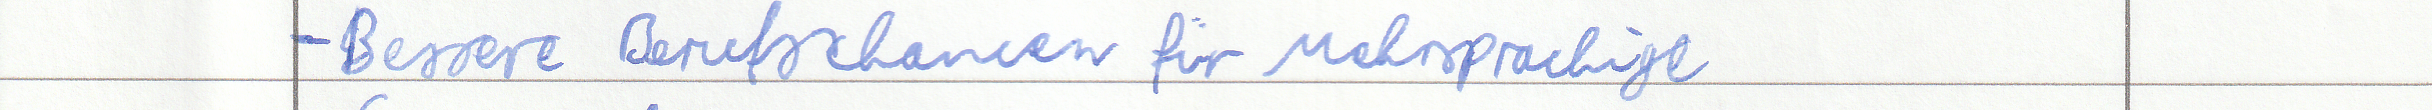
- Bessere Berufschancen für Mehrsprachige